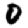
Digit: 0